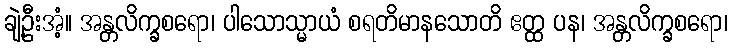
ချဲ့ဦးအံ့။ အန္တလိက္ခစရော၊ ပါသောသ္မာယံ စရတိမာနသောတိ ဧတ္ထ ပန၊ အန္တလိက္ခစရော၊